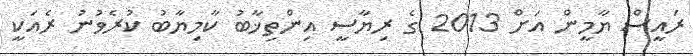
ރައީސް ޔާމީން އަށް 2013 ގެ ރިޔާސީ އިންތިޚާބު ކާމިޔާބު ކުރެވުނު ރެއަކީ